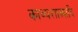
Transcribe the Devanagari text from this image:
काव्यशास्त्रादि